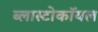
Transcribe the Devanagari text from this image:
ब्लास्टोकॉयल